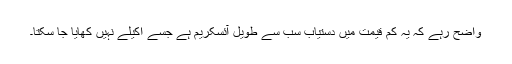
واضح رہے کہ یہ کم قیمت میں دستیاب سب سے طویل آئسکریم ہے جسے اکیلے نہیں کھایا جا سکتا۔